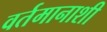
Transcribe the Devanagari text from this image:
वर्तमानाशी